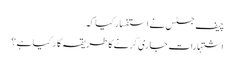
چیف جسٹس نے استفسار کیا کہ
اشتہارات جاری کرنے کا طریقہ کا ر کیا ہے ؟